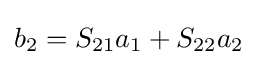
b_{2}=S_{21}a_{1}+S_{22}a_{2}